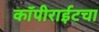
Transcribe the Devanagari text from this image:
कॉपीराईटचा